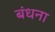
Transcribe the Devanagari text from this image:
बंधना